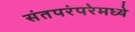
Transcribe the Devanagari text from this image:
संतपरंपरेमध्ये